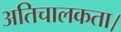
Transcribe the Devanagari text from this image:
अतिचालकता।